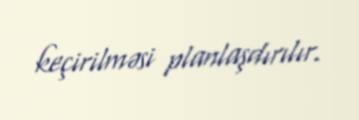
keçirilməsi planlaşdırılır.